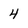
Character: 4